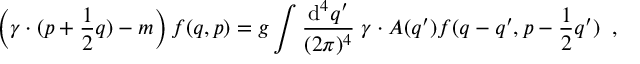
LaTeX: \left( \gamma \cdot ( p + \frac { 1 } { 2 } q ) - m \right) f ( q , p ) = g \int \frac { \mathrm { d } ^ { 4 } q ^ { \prime } } { ( 2 \pi ) ^ { 4 } } \; \gamma \cdot A ( q ^ { \prime } ) f ( q - q ^ { \prime } , p - \frac { 1 } { 2 } q ^ { \prime } ) \; \; ,